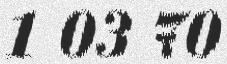
1 03 70